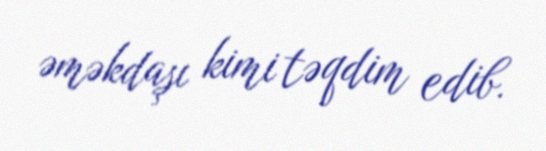
əməkdaşı kimi təqdim edib.